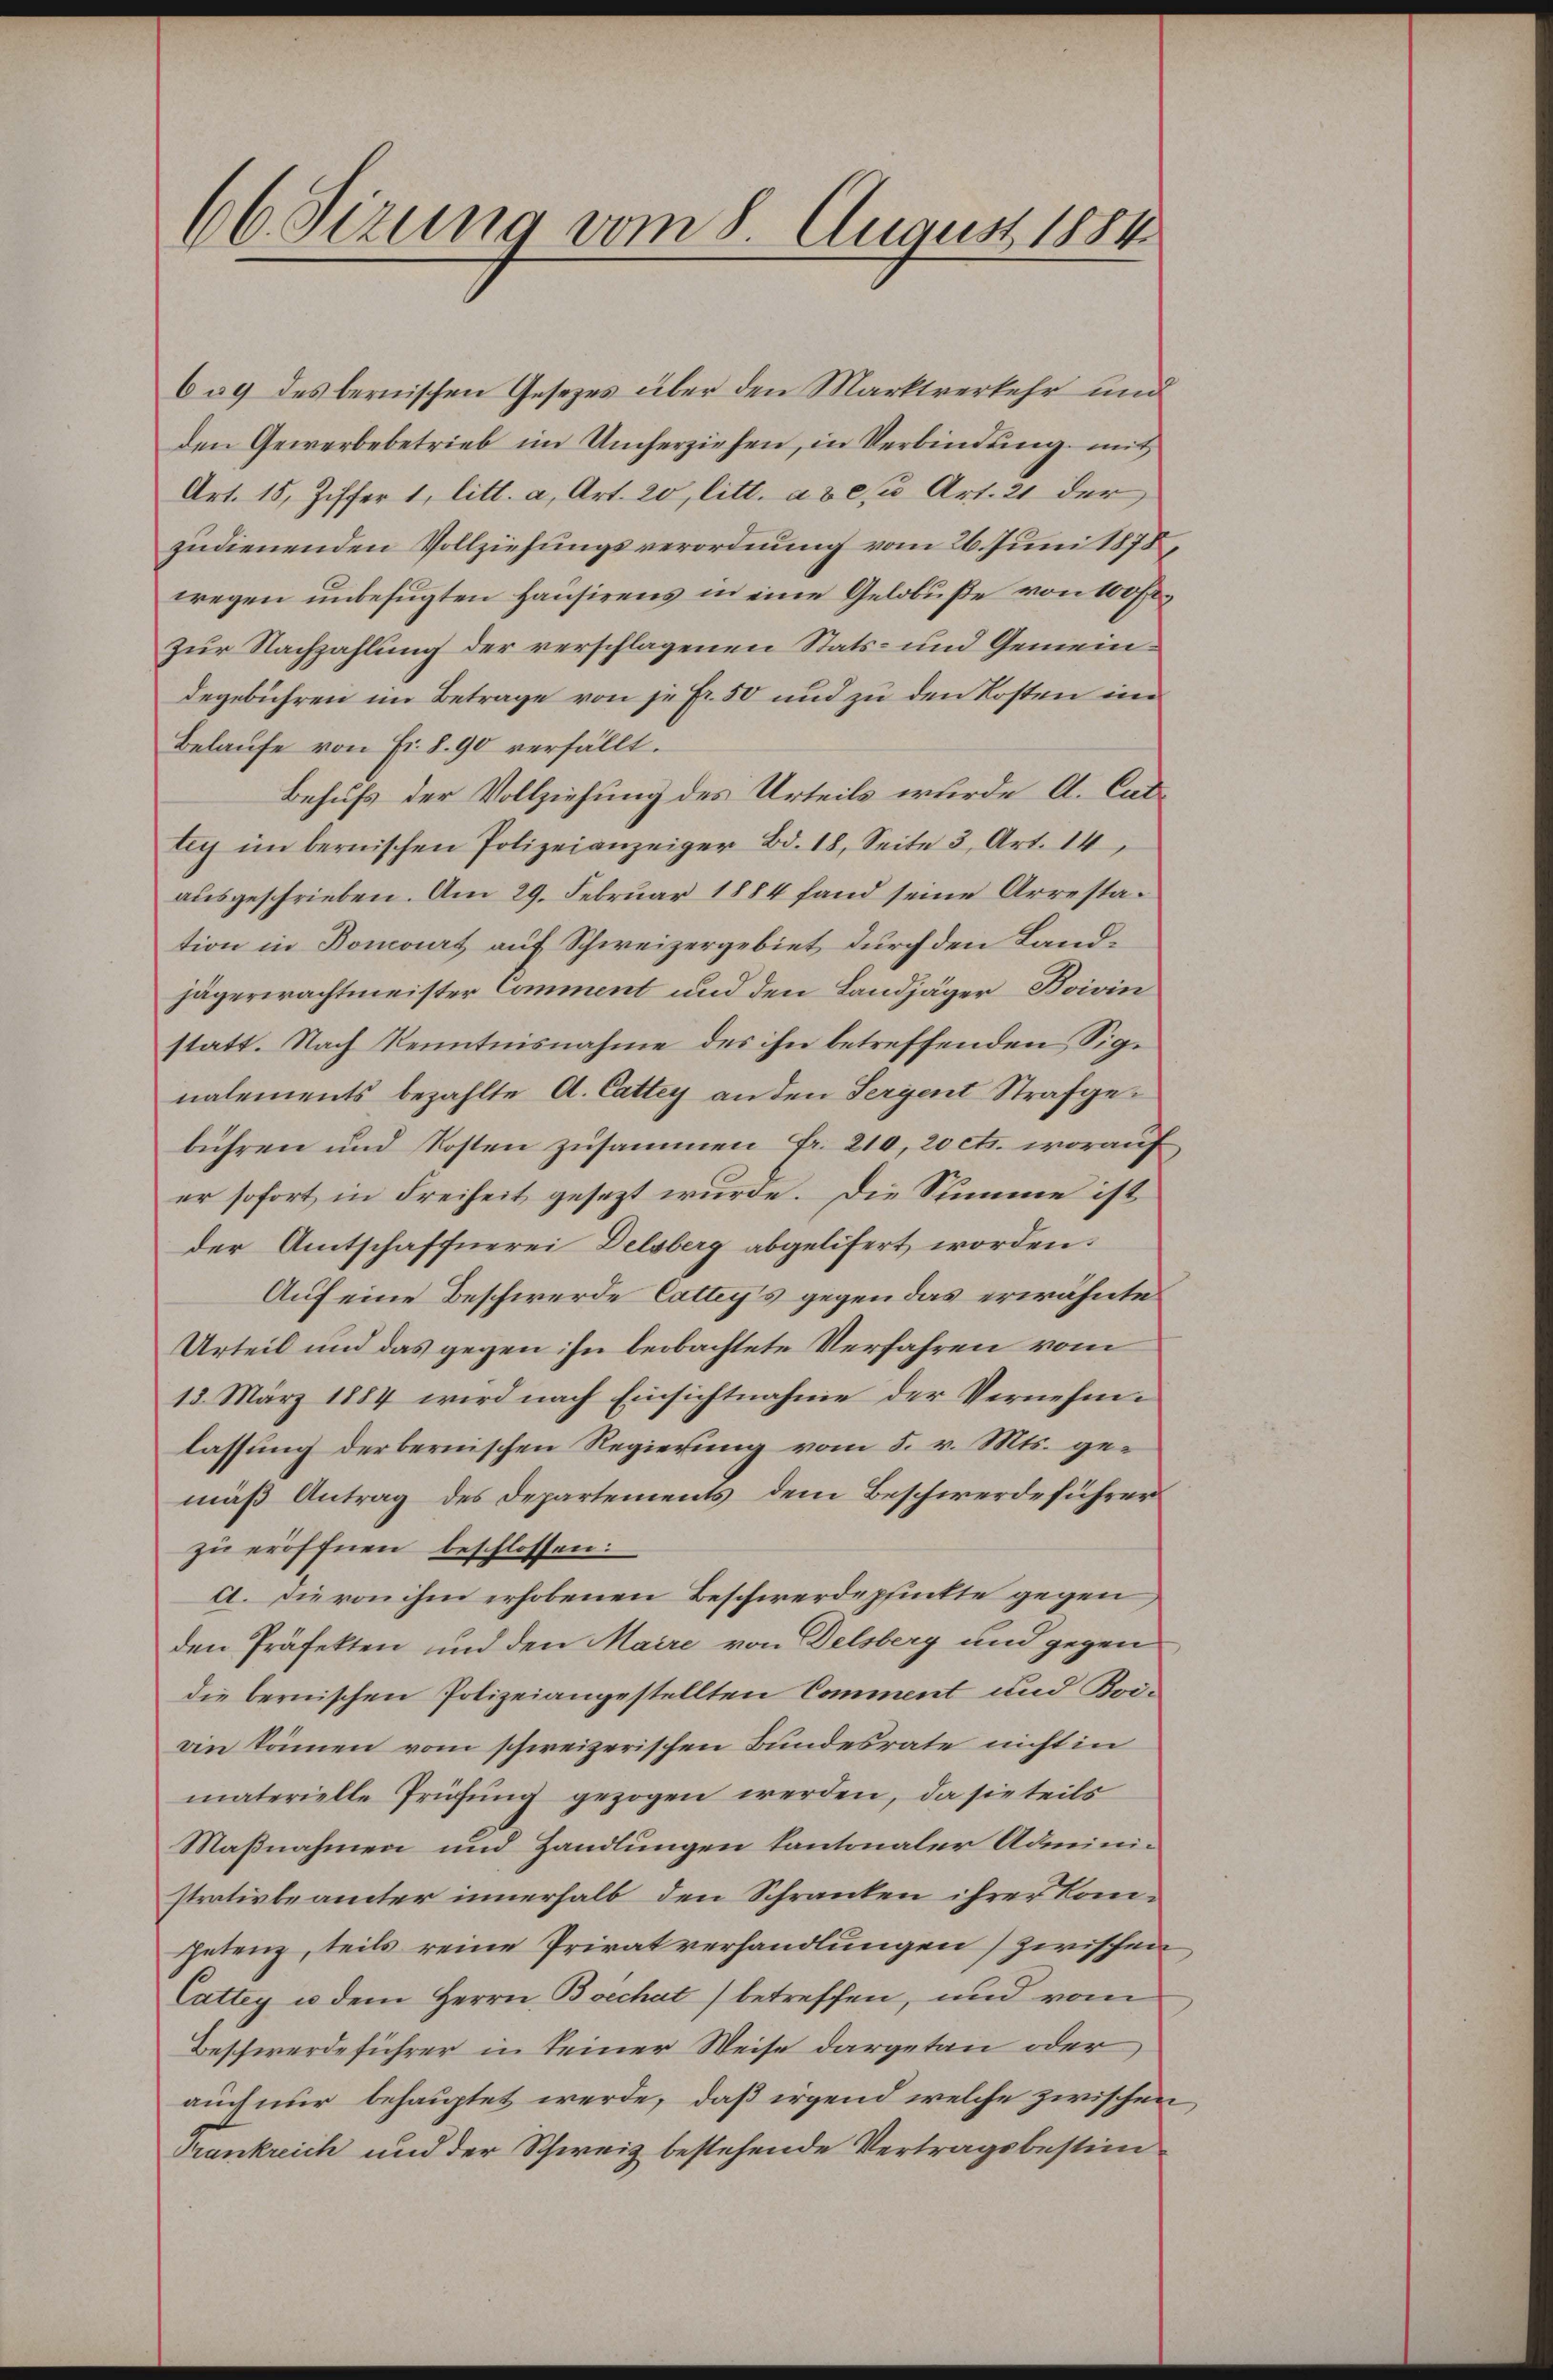
66. Sizung vom 8. August 1884

639 des bernischen Gesetzes über den Marktverkehr und
den Gewerbebetrieb im Umherziehen, in Verbindung mit
Art. 15, Ziffer 1, litt. a, Art. 20, litt. ad 2, Art. 21 der
zudienenden Vollziehungsverordnung vom 26. Juni 1878,
wegen unbefugten Hausirens in eine Gelobuße von 100 Fr.
zur Nachzahlung der verschlagenen Stats- und Gemeindegebühren im Betrage von je Fr. 50 und zu den Kosten im
Belaufe von Fr. 890 verfällt.
Behufs der Vollziehung des Urteils wurde A. Cattey im bernischen Polizeianzeiger Bd. 18. Seite 3, Art. 14
aŭsgeschrieben. Am 29. Februar 1884 fand seine Arresta-
tion in Bomort auf Schweizergebiet durch den Landjägerwachtmeister Comment und den Landjäger Boivin
statt. Nach Kenntnisnahme des ihn betreffenden Signalements bezahlte A. Cattey an den Sergent Strafgebühren und Kosten zusammen Fr. 210, 20 cts. worauf
er sofort in Freiheit gesezt wurde. Die Summe ist
der Amtschaffnerei Delsberg abgelifert worden.
Auf eine Beschwerde Cattiy's gegen das erwähnte
Urteil und das gegen ihn beobachtete Verfahren vom
18. März 1884 wird nach Einsichtnahme der Vernehmlassung der bernischen Regierung vom 5. v. Mts. gemäß Antrag des Departements dem Beschwerdeführer
zu eröffnen beschlossen:
a. Die von ihm erhobenen Beschwerdepfunkte gegen,
den Präfekten und den Maire von Delsberg und gegen
die bernischen Polizeiangestellten Comment und Boiain können vom schweizerischen Bundesrate nicht in
materielle Prüfŭng gezogen werden, da sie teils
Maßnahmen und Handlungen kantonaler Administrativbeamter innerhalb den Schranken ihrer Kompetenz, teils reine Privatverhandlungen) zwischen
Cattey u. dem Herrn Boechat) betreffen, und vom
Beschwerdeführer in seiner Weise dargetan oder
auch nur behauptet werde, daß irgend welche zwischen
Trankreich und der Schweiz bestehende Vertragsbestim¬

6

2